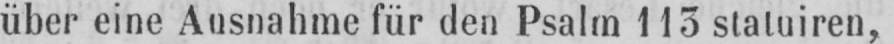
über eine Ausnahme für den Psalm 113 statuiren,